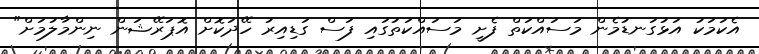
އެކަމަކު އަޅުގަނޑުމެން މަސައްކަތް ފެށީ މަސައްކަތުގައި ފަސް ގަޑިއިރު ހޭދަކޮށް އޮޕަރޭޝަން ނިންމާލުމަށް"